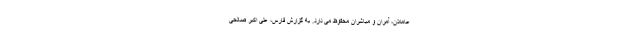
عاملان، آمران و مباشران محفوظ می دارد. به گزارش فارس، علی اکبر صالحی